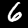
Digit: 6